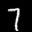
Label: 7